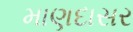
માણદાસર